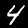
Label: 4